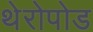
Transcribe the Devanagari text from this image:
थेरोपोड